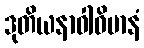
ဒုတိယနာဝါဝိမာနံ